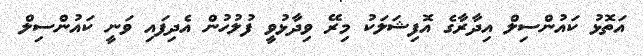
އަތޮޅު ކައުންސިލް އިދާރާގެ އޮފިޝަލަކު މިރޭ ވިދާޅުވީ ފުލުހުން އެދިފައި ވަނީ ކައުންސިލް